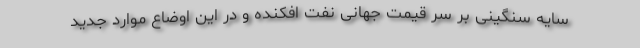
سایه سنگینی بر سر قیمت جهانی نفت افکنده و در این اوضاع موارد جدید